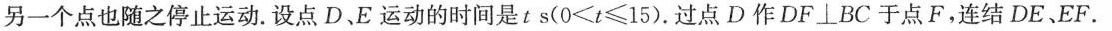
另一个点也随之停止运动。设点D、E运动的时间是t s( $$0 < t ≤ 1 5$$ ).过点D作DF⊥BC于点F，连结DE、EF.